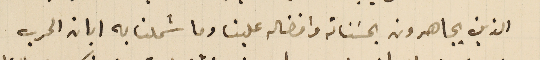
الذين يجاهرون بحسَناته وافضاله علينا وما شملنا به ابان الحرب